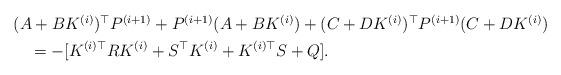
LaTeX: \begin{align*}\begin{aligned}&(A+BK^{(i)})^{\top} P^{(i+1)}+P^{(i+1)}(A+BK^{(i)})+(C+DK^{(i)})^{\top} P^{(i+1)}(C+DK^{(i)})\\&~~~=-[K^{(i)\top} RK^{(i)}+S^{\top} K^{(i)}+K^{(i)\top} S+Q].\end{aligned}\end{align*}